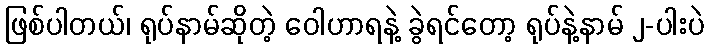
ဖြစ်ပါတယ်၊ ရုပ်နာမ်ဆိုတဲ့ ဝေါဟာရနဲ့ ခွဲရင်တော့ ရုပ်နဲ့နာမ် ၂-ပါးပဲ